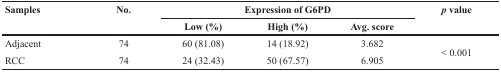
| <ROWSPAN=2> Samples | <ROWSPAN=2> No. | <COLSPAN=3> Expression of G6PD | <ROWSPAN=2> p value |
 | Low (%) | High (%) | Avg. score |
 | --- | --- | --- | --- | --- | --- |
 | Adjacent | 74 | 60 (81.08) | 14 (18.92) | 3.682 | <ROWSPAN=2> < 0.001 |
 | RCC | 74 | 24 (32.43) | 50 (67.57) | 6.905 |